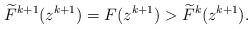
LaTeX: \begin{align*}\widetilde{F}^{k+1}(z^{k+1})=F(z^{k+1})> \widetilde{F}^{k}(z^{k+1}). \end{align*}